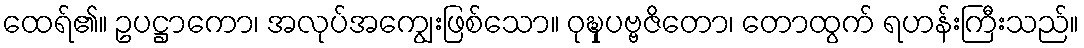
ထေရ်၏။ ဥပဋ္ဌာကော၊ အလုပ်အကျွေးဖြစ်သော။ ဝုဍ္ဎှပဗ္ဗဇိတော၊ တောထွက် ရဟန်းကြီးသည်။